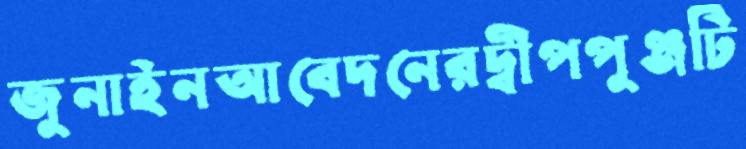
জুনাইনআবেদনেরদ্বীপপুঞ্জটি